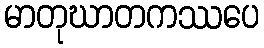
မာတုဃာတကဿပေ